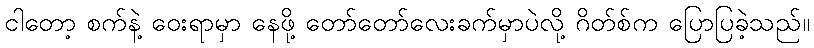
ငါတော့ စက်နဲ့ ဝေးရာမှာ နေဖို့ တော်တော်လေးခက်မှာပဲလို့ ဂိတ်စ်က ပြောပြခဲ့သည်။